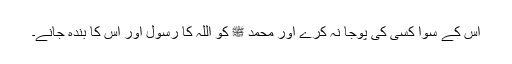
اس کے سوا کسی کی پوجا نہ کرے اور محمد ﷺ کو اللہ کا رسول اور اس کا بندہ جانے۔